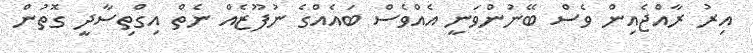
އިރު ރާއްޖެއިން ވެސް ބޭނުންވަނީ އެއްވެސް ބައެއްގެ ނުފޫޒެއް ނެތް އިގްތިސާދީ ގޮތުން